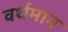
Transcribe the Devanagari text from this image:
वर्थमान